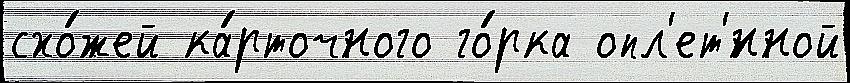
схо́жей ка́рточного го́рка опл'ет'́нной